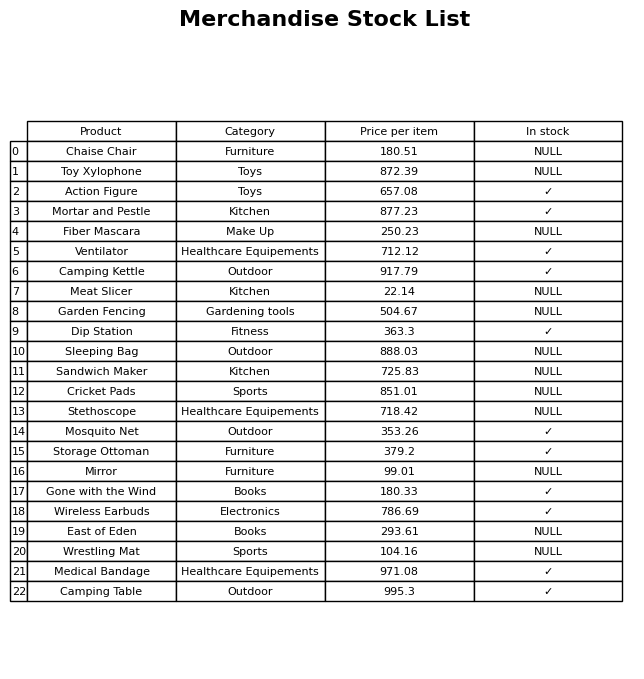
question: What is the price of the Camping Kettle?
answer: The price of Camping Kettle is 917.79.